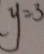
y = 3